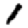
Digit: 1